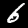
Label: 6